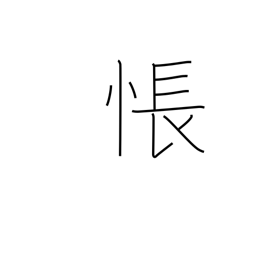
Meaning: be sad